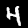
Digit: 4